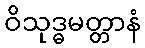
ဝိသုဒ္ဓမတ္တာနံ